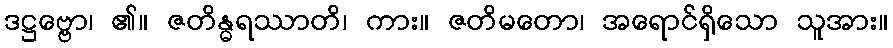
ဒဋ္ဌဗ္ဗော၊ ၏။ ဇတိန္ဓရဿာတိ၊ ကား။ ဇတိမတော၊ အရောင်ရှိသော သူအား။